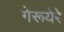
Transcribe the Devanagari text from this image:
गेरूयेरे